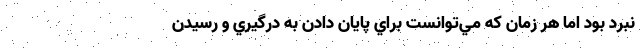
نبرد بود اما هر زمان كه مي‌توانست براي پايان دادن به درگيري و رسيدن